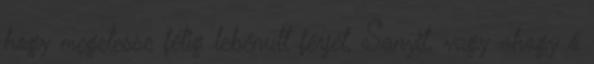
hogy megetesse félig lebénult férjét, Sanyit, vagy ahogy ő